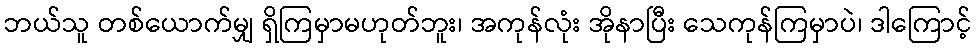
ဘယ်သူ တစ်ယောက်မျှ ရှိကြမှာမဟုတ်ဘူး၊ အကုန်လုံး အိုနာပြီး သေကုန်ကြမှာပဲ၊ ဒါကြောင့်